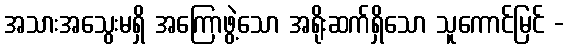
အသားအသွေးမရှိ အကြောဖွဲ့သော အရိုးဆက်ရှိသော သူကောင်မြင် -